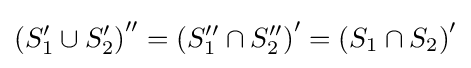
\left(S_{1}'\cup S_{2}'\right)''=\left(S_{1}''\cap S_{2}''\right)'=\left(S_{1}\cap S_{2}\right)'